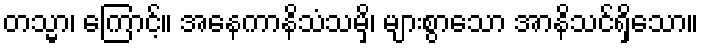
တသ္မာ၊ ကြောင့်။ အနေကာနိသံသမှိ၊ များစွာသော အာနိသင်ရှိသော။